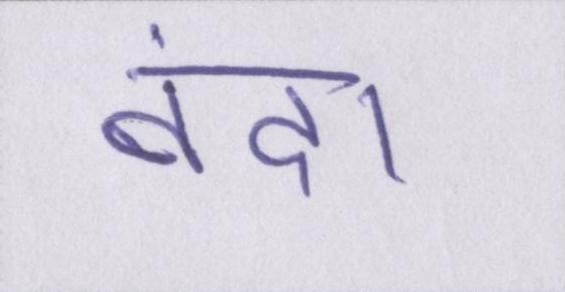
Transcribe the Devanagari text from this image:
बंद।